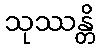
သုဿန္တိ